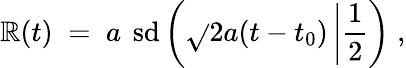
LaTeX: \mathbb{R}(t)\; =\; a\, \mathrm{{\mathbf{~}sd}}\left(\sqrt{}{{2}}a(t-t_{0})\left|\frac{{1}}{{2}}\right.\right)\; ,